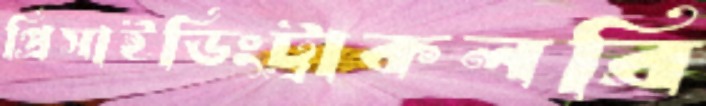
প্রিসাইডিংট্রাকলরি